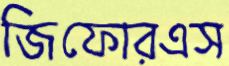
জিফোরএস